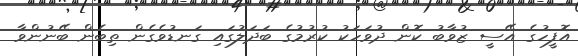
އޮފީހުގެ އޭސީ ޒުވާބު ކޮން ދުވަހަކު ކުރުމުގެ ބަދަލުގައި ގަނޑުވެގެން ތިބެން ބޭނުންވާ